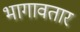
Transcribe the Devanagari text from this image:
भागावतार